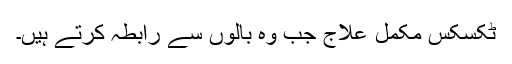
ٹکسکس مکمل علاج جب وہ بالوں سے رابطہ کرتے ہیں۔